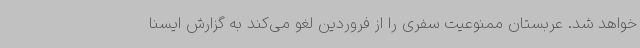
خواهد شد. عربستان ممنوعیت سفری را از فروردین لغو می‌کند به گزارش ایسنا